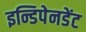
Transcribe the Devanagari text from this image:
इन्डिपेनडेंट